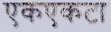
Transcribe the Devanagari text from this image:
एकएकटा